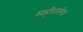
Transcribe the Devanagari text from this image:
महीतले॥